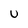
Character: u